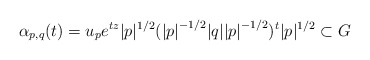
\begin{align*} \alpha_{p,q}(t)=u_pe^{tz}\vert p\vert^{1/2}({\vert p\vert}^{-1/2}\vert q\vert {\vert p\vert}^{-1/2})^t\vert p\vert^{1/2}\subset G\end{align*}